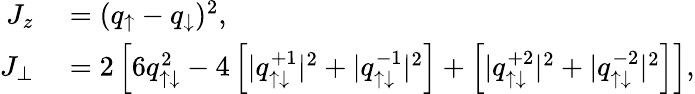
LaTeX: \begin{array}{rl}{J_{z}}&{{}=(q_{\uparrow}-q_{\downarrow})^{2},}\\ {J_{\perp}}&{{}=2\left[6q_{\uparrow\downarrow}^{2}-4\left[|q_{\uparrow\downarrow}^{+1}|^{2}+|q_{\uparrow\downarrow}^{-1}|^{2}\right]+\left[|q_{\uparrow\downarrow}^{+2}|^{2}+|q_{\uparrow\downarrow}^{-2}|^{2}\right]\right],}\end{array}